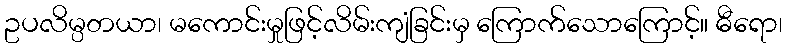
ဥပလိမ္ပတယာ၊ မကောင်းမှုဖြင့်လိမ်းကျံခြင်းမှ ကြောက်သောကြောင့်။ ဓီရော၊